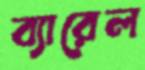
ব্যারেল